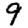
Digit: 9